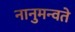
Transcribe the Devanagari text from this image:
नानुमन्वते